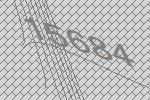
15684